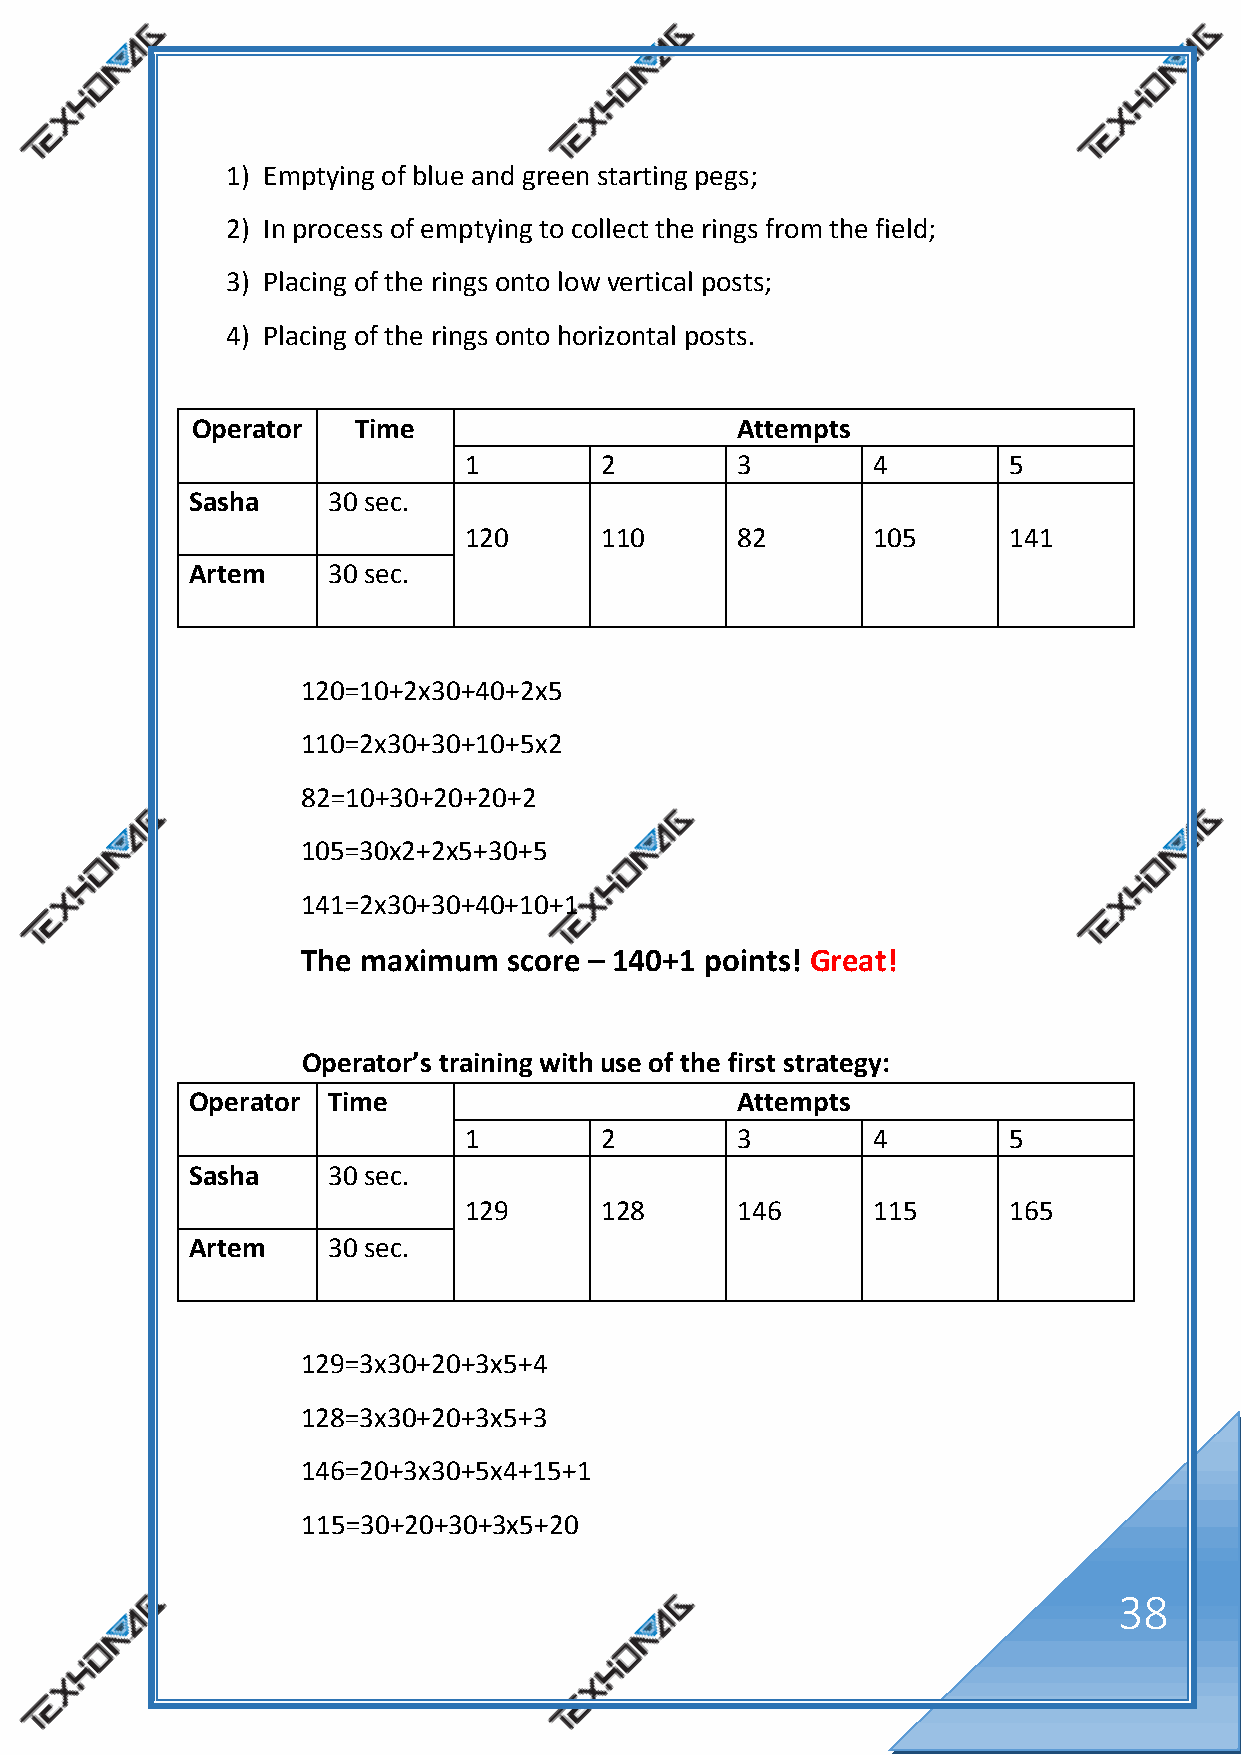
1) Emptying of blue and green starting pegs;
 2) In process of emptying to collect the rings from the field;
 3) Placing of the rings onto low vertical posts;
 4) Placing of the rings onto horizontal posts.
 Operator  Time                      Attempts
 1        2        3        4        5
 Sasha    30 sec.
 120      110      82       105      141
 Artem    30 sec.
 120=10+2x30+40+2x5
 110=2x30+30+10+5x2
 82=10+30+20+20+2
 105=30x2+2x5+30+5
 141=2x30+30+40+10+1
 The maximum   score – 140+1 points! Great!
 Operator’s training with use of the first strategy:
 Operator Time                       Attempts
 1        2        3        4        5
 Sasha    30 sec.
 129      128      146      115      165
 Artem    30 sec.
 129=3x30+20+3x5+4
 128=3x30+20+3x5+3
 146=20+3x30+5x4+15+1
 115=30+20+30+3x5+20
 38